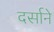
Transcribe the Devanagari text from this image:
दर्साने